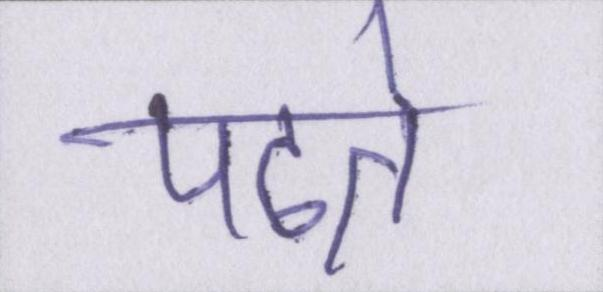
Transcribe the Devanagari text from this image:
पढते